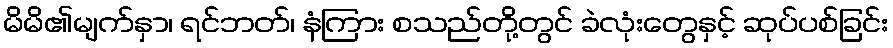
မိမိ၏မျက်နှာ၊ ရင်ဘတ်၊ နံကြား စသည်တို့တွင် ခဲလုံးတွေနှင့် ဆုပ်ပစ်ခြင်း